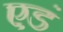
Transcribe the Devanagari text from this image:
एडं